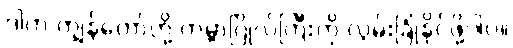
ဒါက ကျွန်တော်တို့ ကမ္ဘာဂြိုလ်ကြီးကို လွမ်းခြုံနိုင်ဖို့ပါပဲ။